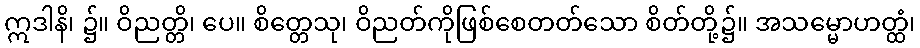
ဣဒါနိ၊ ၌။ ဝိညတ္တိ၊ ပေ။ စိတ္တေသု၊ ဝိညတ်ကိုဖြစ်စေတတ်သော စိတ်တို့၌။ အသမ္မောဟတ္ထံ၊